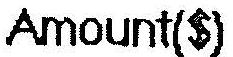
AMOUNT($)